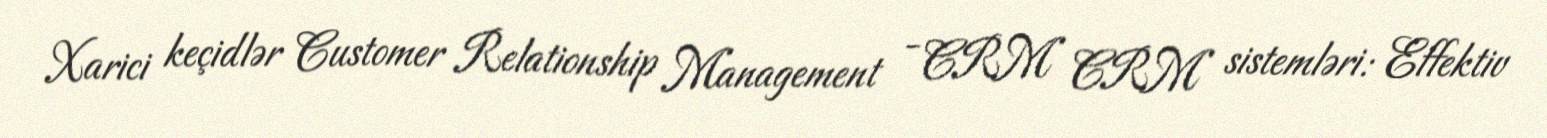
Xarici keçidlər Customer Relationship Management - CRM CRM sistemləri: Effektiv